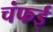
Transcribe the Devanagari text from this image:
चंफई